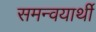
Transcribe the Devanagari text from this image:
समन्वयार्थी